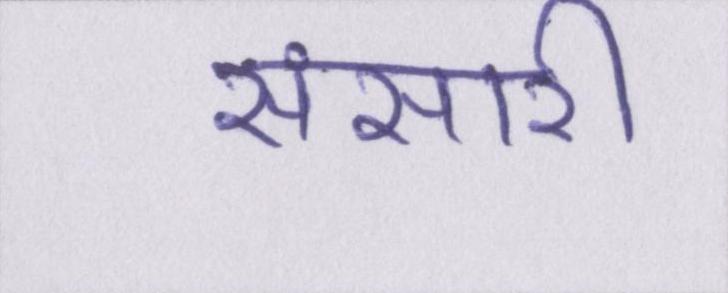
संसारी